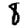
Digit: 8